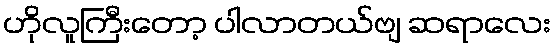
ဟိုလူကြီးတော့ ပါလာတယ်ဗျ ဆရာလေး